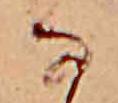
な